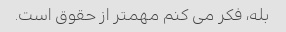
بله، فکر می کنم مهمتر از حقوق است.